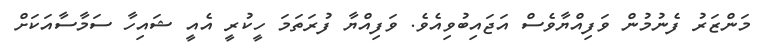
މަންޒަރު ފެނުމުން ވަފިއްޔާވެސް އަޖައިބުވިއެވެ. ވަފިއްޔާ ފުރަތަމަ ހީކުރީ އެއީ ޝައިހާ ސަމާސާއަކަށް